Report on the bubonic plague in Bombay, 1896-1897
Year: 1896
Disease focus: Plague
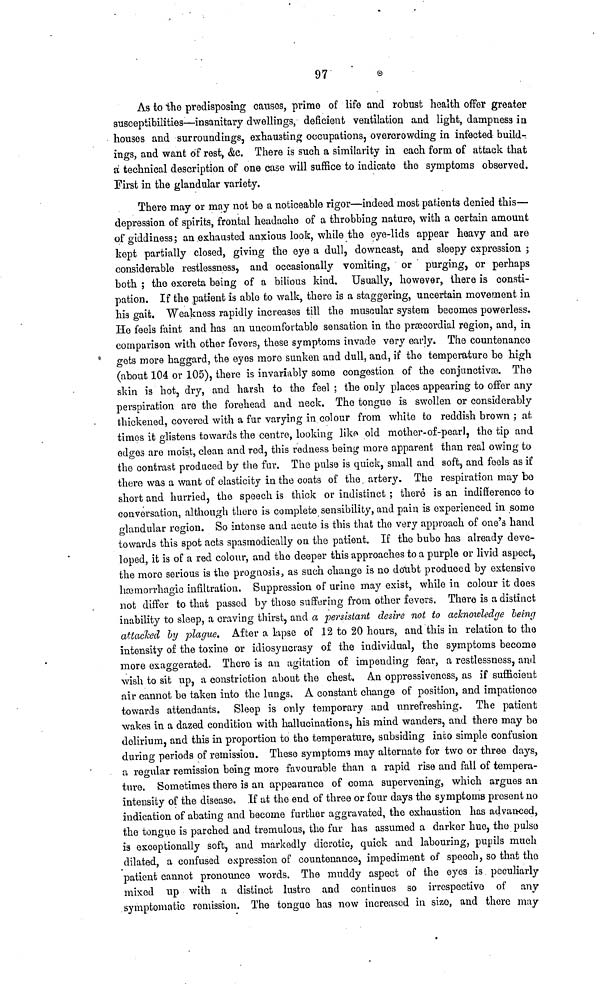
97
As to the predisposing causes, prime of life and robust health offer greater
susceptibilities—insanitary dwellings, deficient ventilation and light, dampness in
houses and surroundings, exhausting occupations, overcrowding in infected build-
ings, and want of rest, &c. There is such a similarity in each form of attack that
a technical description of one case will suffice to indicate the symptoms observed.
First in the glandular variety.
There may or may not be a noticeable rigor—indeed most patients denied this—
depression of spirits, frontal headache of a throbbing nature, with a certain amount
of giddiness; an exhausted anxious look, while the eye-lids appear heavy and are
kept partially closed, giving the eye a dull, downcast, and sleepy expression ;
considerable restlessness, and occasionally vomiting, or purging, or perhaps
both ; the excreta being of a bilious kind. Usually, however, there is consti-
pation. If the patient is able to walk, there is a staggering, uncertain movement in
his gait. Weakness rapidly increases till the muscular system becomes powerless.
He feels faint and has an uncomfortable sensation in the præcordial region, and, in
comparison with other fevers, these symptoms invade very early. The countenance
gets more haggard, the eyes more sunken and dull, and, if the temperature be high
(about 104 or 105), there is invariably some congestion of the conjunctivse. The
skin is hot, dry, and harsh to the feel ; the only places appearing to offer any
perspiration are the forehead and neck. The tongue is swollen or considerably
thickened, covered with a fur varying in colour from white to reddish brown ; at
times it glistens towards the centre, looking like old mother-of-pearl, the tip and
edges are moist, clean and red, this redness being more apparent than real owing to
the contrast produced by the fur. The pulse is quick, small and soft, and feels as if
there was a want of elasticity in the coats of the artery. The respiration may bo
short and hurried, the speech is thick or indistinct ; there is an indifference to
conversation, although there is complete sensibility, and pain is experienced in some
glandular region. So intense and acute is this that the very approach of one's hand
towards this spot acts spasmodically on the patient. If the bubo has already deve-
loped, it is of a red colour, and the deeper this approaches to a purple or livid aspect,
the more serious is the prognosis, as such change is no doubt produced by extensive
hæmorrhagic infiltration. Suppression of urine may exist, while in colour it does
not differ to that passed by those suffering from other fevers. There is a distinct
inability to sleep, a craving thirst, and a persistant desire not to acknowledge being
attacked by plague. After a lapse of 12 to 20 hours, and this in relation to the
intensity of the toxine or idiosyncrasy of the individual, the symptoms become
more exaggerated. There is an agitation of impending fear, a restlessness, and
wish to sit up, a constriction about the chest. An oppressiveness, as if sufficient
air cannot be taken into the lungs. A constant change of position, and impatience
towards attendants. Sleep is only temporary and unrefreshing. The patient
wakes in a dazed condition with hallucinations, his mind wanders, and there may be
delirium, and this in proportion to the temperature, subsiding into simple confusion
during periods of remission. These symptoms may alternate for two or three days,
a regular remission being more favourable than a rapid rise and fall of tempera-
ture. Sometimes there is an appearance of coma supervening, which argues an
intensity of the disease. If at the end of three or four days the symptoms present no
indication of abating and become further aggravated, the exhaustion has advanced,
the tongue is parched and tremulous, the fur has assumed a darker hue, the pulse
is exceptionally soft, and markedly dicrotic, quick and labouring, pupils much
dilated, a confused expression of countenance, impediment of speech, so that the
patient cannot pronounce words. The muddy aspect of the eyes is peculiarly
mixed up with a distinct lustre and continues so irrespective of any
symptomatic remission. The tongue has now increased in size, and there may